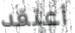
أعتقد